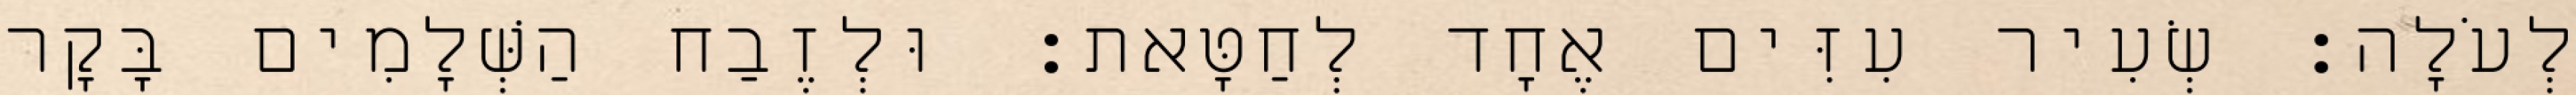
לְעֹלָה׃ שְׂעִיר עִזִּים אֶחָד לְחַטָּאת׃ וּלְזֶבַח הַשְּׁלָמִים בָּקָר